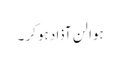
ہوا لن آذاد ہو کر ۔